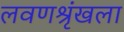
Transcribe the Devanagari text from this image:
लवणश्रृंखला